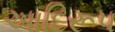
આદિરૂપ